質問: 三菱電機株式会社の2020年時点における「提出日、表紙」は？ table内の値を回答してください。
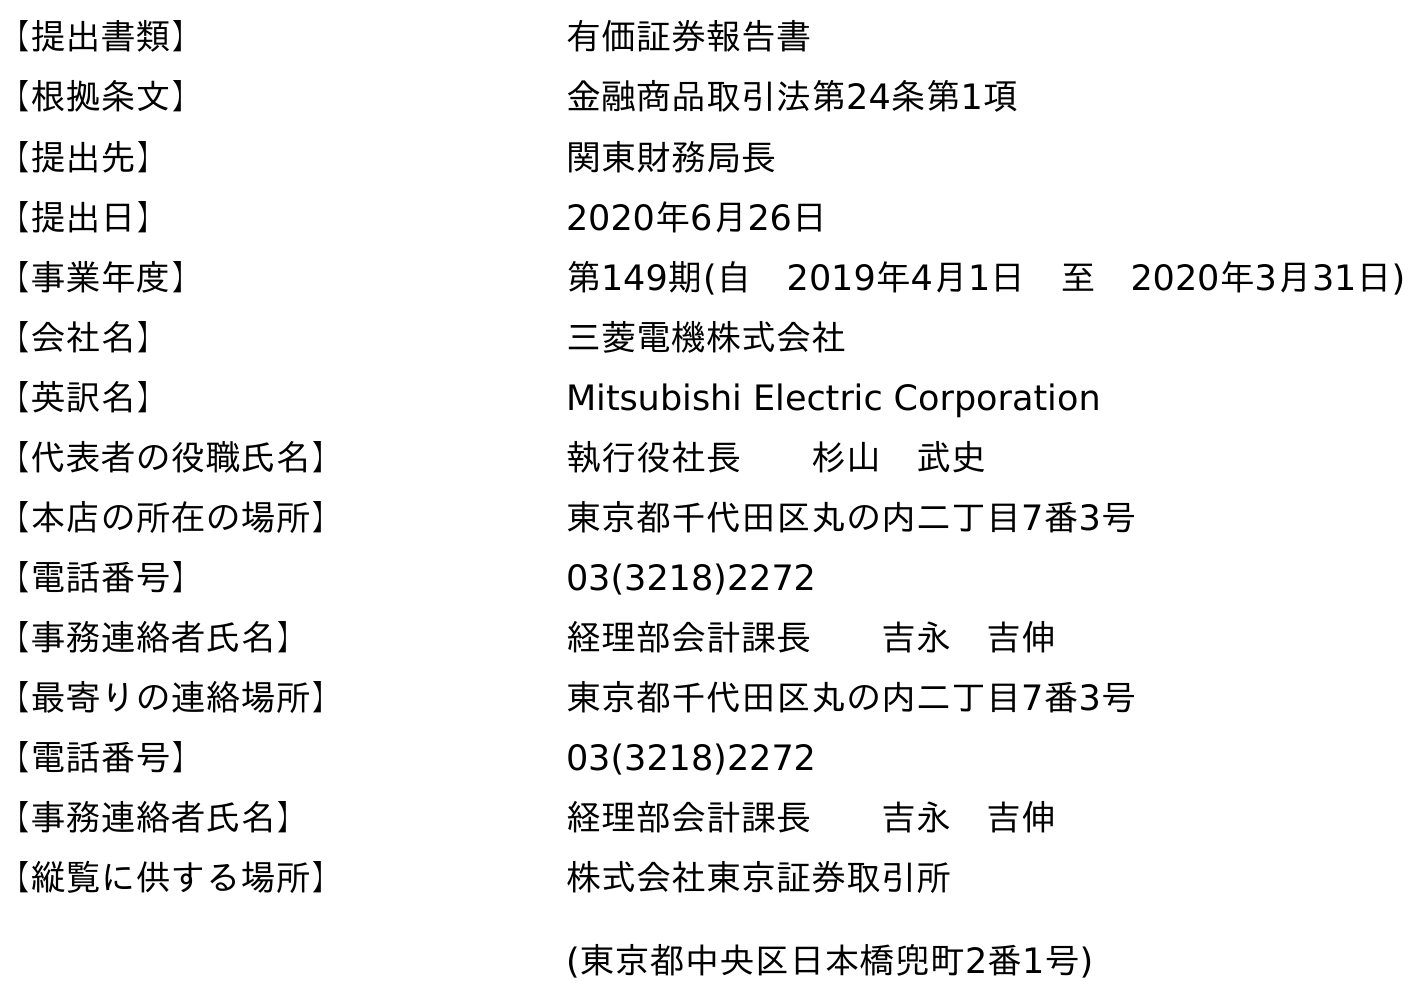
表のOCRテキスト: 【提出書類】 有価証券報告書 【根拠条文】 金融商品取引法第24条第1項 【提出先】 関東財務局長 【提出日】 2020年6月26日 【事業年度】 第149期(自 2019年4月1日 至 2020年3月31日) 【会社名】 三菱電機株式会社 【英訳名】 Mitsubishi Electric Corporation 【代表者の役職氏名】 執行役社長  杉山 武史 【本店の所在の場所】 東京都千代田区丸の内二丁目7番3号 【電話番号】 03(3218)2272 【事務連絡者氏名】 経理部会計課長  吉永 吉伸 【最寄りの連絡場所】 東京都千代田区丸の内二丁目7番3号 【電話番号】 03(3218)2272 【事務連絡者氏名】 経理部会計課長  吉永 吉伸 【縦覧に供する場所】 株式会社東京証券取引所 (東京都中央区日本橋兜町2番1号)
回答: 2020年6月26日